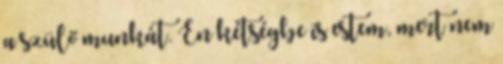
a szülő munkát. Én kétségbe is estem, mert nem